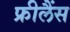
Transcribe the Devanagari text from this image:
फ्रीलैंस